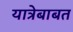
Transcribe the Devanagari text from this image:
यात्रेबाबत